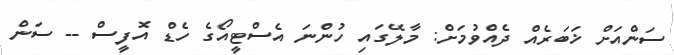
ސަންއަށް ޚަބަރެއް ދެއްވުމަށް: މާލޭގައި ހުންނަ އެސްޓީއޯގެ ހެޑް އޮފީސް -- ސަން